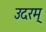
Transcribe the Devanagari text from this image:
उदरम्